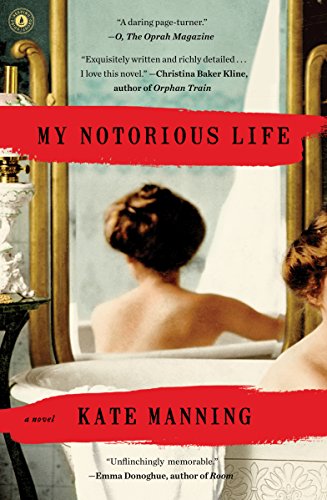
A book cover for My Notorious Life: A Novel; Kate Manning; Literature & Fiction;